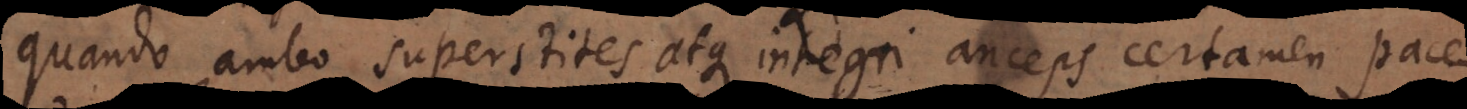
quando ambo superstites atque integri anceps certamen pace